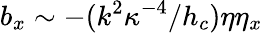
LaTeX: b_{x}\sim-(k^{2}\kappa^{-4}/h_{c})\eta\eta_{x}